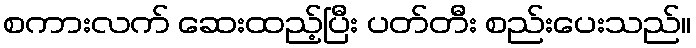
စကားလက် ဆေးထည့်ပြီး ပတ်တီး စည်းပေးသည်။